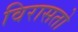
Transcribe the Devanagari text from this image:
विरासतो